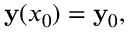
\mathbf { y } ( x _ { 0 } ) = \mathbf { y } _ { 0 } ,